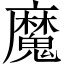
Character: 魔